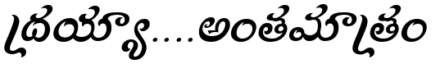
ద్రయ్యా....అంతమాత్రం